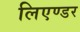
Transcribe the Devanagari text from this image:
लिएण्डर